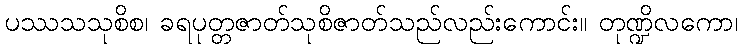
ပဿသသုစိစ၊ ခရပုတ္တဇာတ်သုစိဇာတ်သည်လည်းကောင်း။ တုဏ္ဍိလကော၊